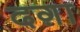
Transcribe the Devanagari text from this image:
दग़ा